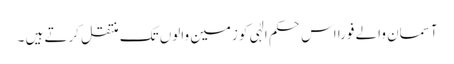
آسمان والے فوراً اس حکم الٰہی کو زمین والوں تک منتقل کرتے ہیں ۔